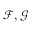
{ \mathcal { F } } , { \mathcal { G } }